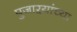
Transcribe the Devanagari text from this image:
पुजाऱ्यांच्या